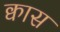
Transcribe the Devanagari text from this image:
क्वास